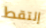
إلتقط